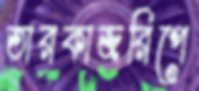
তারকাজরিপে